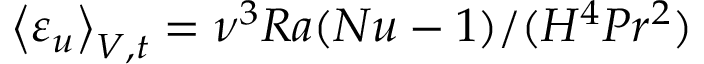
\left\langle \varepsilon _ { u } \right\rangle _ { V , t } = \nu ^ { 3 } R a ( N u - 1 ) / ( H ^ { 4 } P r ^ { 2 } )